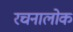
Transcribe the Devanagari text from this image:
रचनालोक